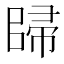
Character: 𱀠